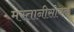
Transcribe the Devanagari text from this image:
मस्तानीसोबत